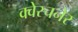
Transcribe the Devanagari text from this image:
क्वेस्चनेर